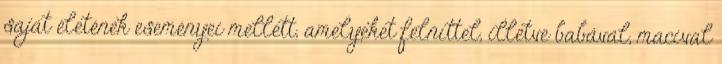
saját életének eseményei mellett, amelyeket felnıttel, illetve babával, macival